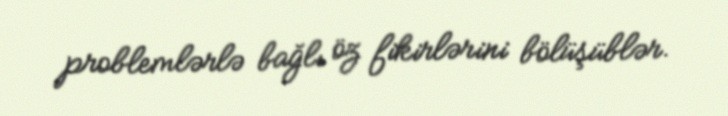
problemlərlə bağlı öz fikirlərini bölüşüblər.